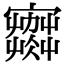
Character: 𡫾